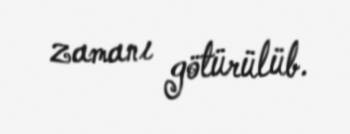
zamanı götürülüb.